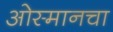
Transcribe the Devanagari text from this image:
ओस्मानचा